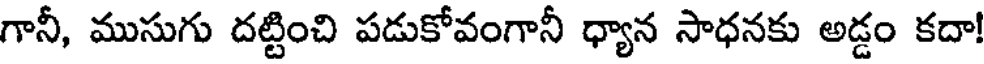
గానీ, ముసుగు దట్టించి పడుకోవంగానీ ధ్యాన సాధనకు అడ్డం కదా!